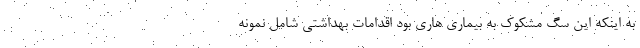
به اینکه این سگ مشکوک به بیماری هاری بود اقدامات بهداشتی شامل نمونه